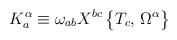
LaTeX: \begin{align*}K_a^\alpha\equiv\omega_{ab}X^{bc}\,\bigr\{T_c,\,\Omega^\alpha\bigr\}\end{align*}